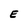
Character: E